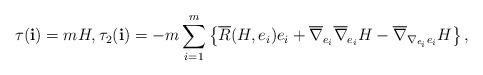
LaTeX: \begin{align*} \tau(\mathbf{i})=mH, \tau_2(\mathbf{i})=-m\sum_{i=1}^m\left\{\overline{R}(H,e_i)e_i+ \overline{\nabla}_{e_i}\overline{\nabla}_{e_i}H-\overline{\nabla}_{\nabla_{e_i}e_i}H\right\},\end{align*}